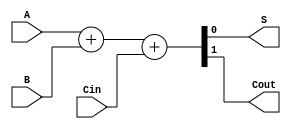
module Full_Adder(A,B,Cin, S, Cout);
	input A,B,Cin;
	output S, Cout;
	
//	assign S = A ^ B ^ Cin;
	//assign Cout= A&B + A&Cin + B&Cin;
	assign {Cout, S} = A+B+Cin;
endmodule